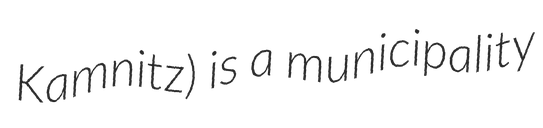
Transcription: Kamnitz) is a municipality